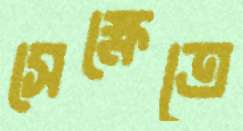
সেক্ষেত্রে